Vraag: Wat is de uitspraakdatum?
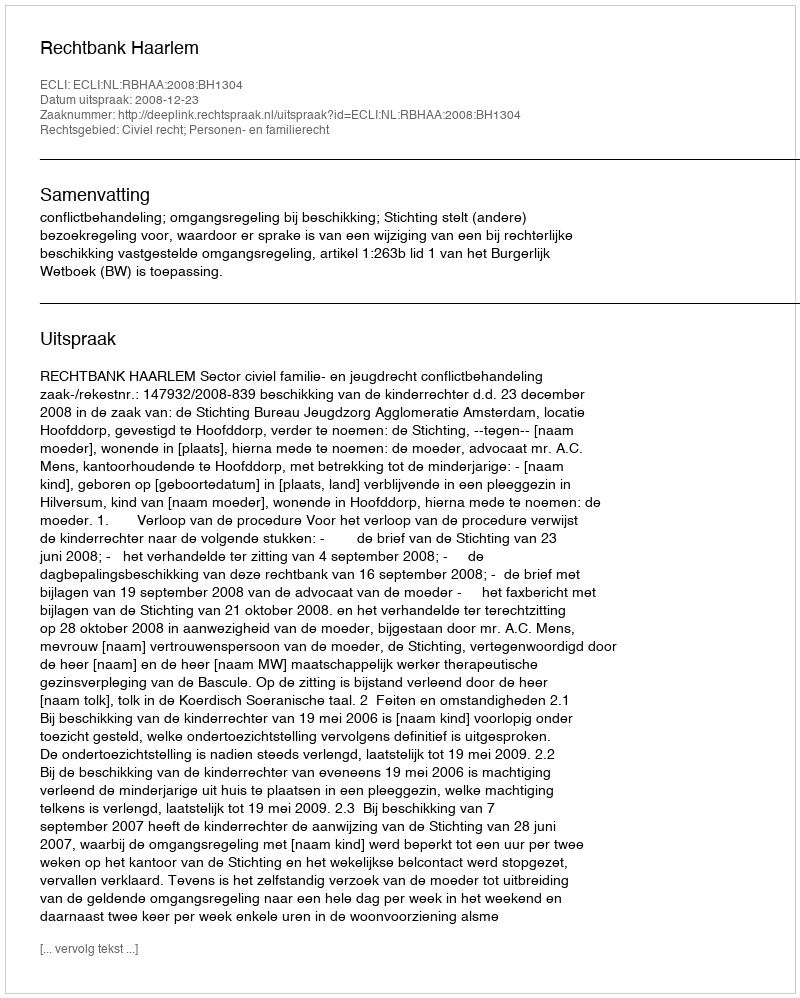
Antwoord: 2008-12-23